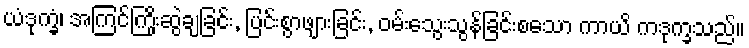
ယံဒုက္ခံ၊ အကြင်ကြိုးဆွဲချခြင်း, ပြင်းစွာဖျားခြင်း, ဝမ်းသွေးသွန်ခြင်းစသော ကာယိ ကဒုက္ခသည်။